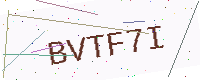
Text: BVTF7I